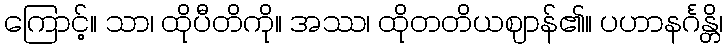
ကြောင့်။ သာ၊ ထိုပီတိကို။ အဿ၊ ထိုတတိယဈာန်၏။ ပဟာနင်္ဂန္တိ၊